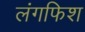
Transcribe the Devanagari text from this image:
लंगफिश